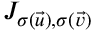
J _ { \sigma ( \vec { u } ) , \sigma ( \vec { v } ) }